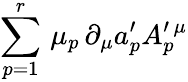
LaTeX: \sum_{p=1}^{r}\, \mu_{p}\, \partial_{\mu}a_{p}^{\prime}A_{p}^{\prime\, \mu}